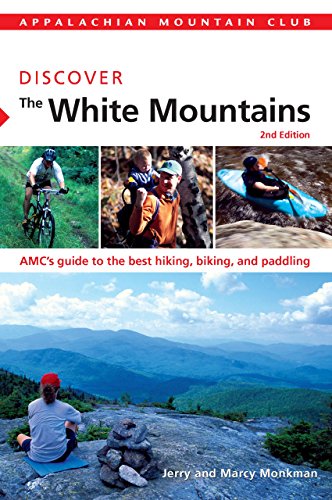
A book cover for AMC Discover the White Mountains: AMC's Guide To The Best Hiking, Biking, And Paddling (AMC Discover Series); Marcy Monkman; Travel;